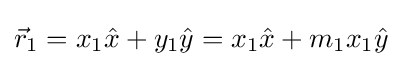
{\vec {r}}_{1}=x_{1}{\hat {x}}+y_{1}{\hat {y}}=x_{1}{\hat {x}}+m_{1}x_{1}{\hat {y}}